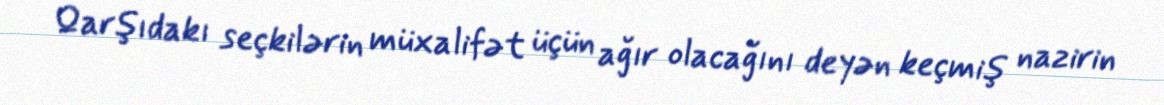
Qarşıdakı seçkilərin müxalifət üçün ağır olacağını deyən keçmiş nazirin